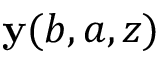
{ \bf y } ( b , a , z )